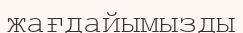
жағдайымызды